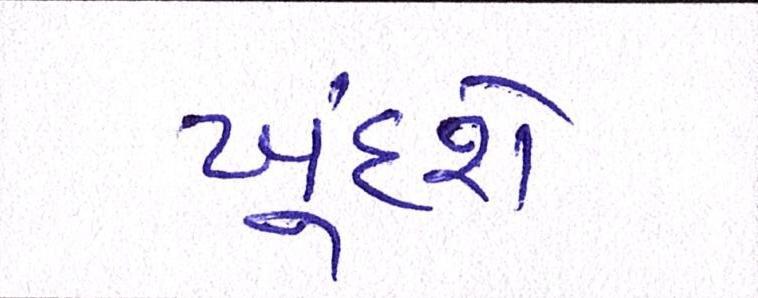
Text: ખૂંદશે